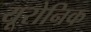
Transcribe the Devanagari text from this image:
यूरोनिक